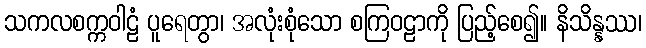
သကလစက္ကဝါဠံ ပူရေတွာ၊ အလုံးစုံသော စကြဝဠာကို ပြည့်စေ၍။ နိသိန္နဿ၊